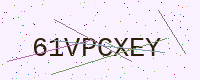
Text: 61VPCXEY